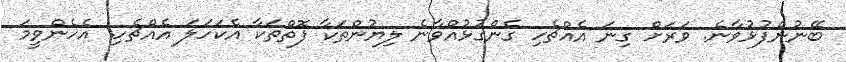
ބޭނުންފުޅުވާނެ. ވަރަށް ގިނަ އެއްޗެހި ގެންގުޅުއްވާނެ ލިޔުންތަކާ ފޮތްތަކާ އެކަހަލަ އެއްޗެހި. އެހެންވީމަ